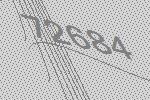
72684